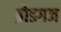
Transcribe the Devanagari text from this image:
ब्रोडगज